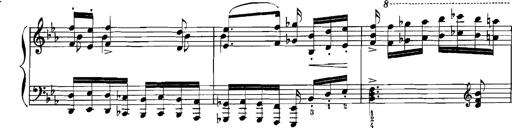
Title: Rhapsodies hongroises
Composer: Franz Liszt